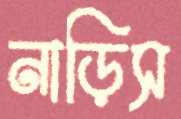
নাড়িস